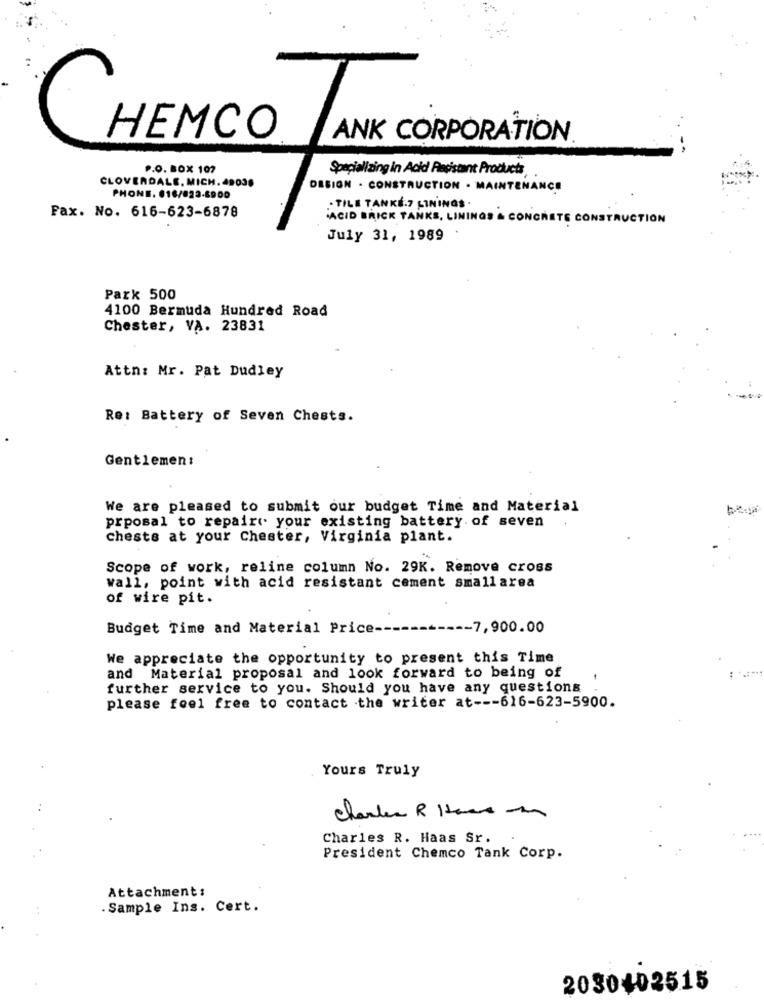
HEMCO
ANK CORPORATION
ANCORA
P.O. BOX 107
Specializing in Acid Resistant Products
CLOVERDALE, MICH. 49038
DESIGN . CONSTRUCTION . MAINTENANCE
PHONE. 616/823-8900
· TILE TANKE.7 LININGS .
Fax. No. 616-623-6878
ACID BRICK TANKS, LININGS & CONCRETE CONSTRUCTION
July 31, 1989
Park 500
4100 Bermuda Hundred Road
Chester, VA. 23831
Attn: Mr. Pat Dudley
Re: Battery of Seven Chests.
Gentlemen:
We are pleased to submit our budget Time and Material
prposal to repair your existing battery. of seven
chests at your Chester, Virginia plant.
Scope of work, reline column No. 29K. Remove cross
wall, point with acid resistant cement smallarea
of wire pit.
Budget Time and Material Price --
-- 7,900.00
We appreciate the opportunity to present this Time
and Material proposal and look forward to being of
further service to you. Should you have any questions
please feel free to contact the writer at --- 616-623-5900.
Yours Truly
charles R 1000 m
Charles R. Haas Sr.
President Chemco Tank Corp.
Attachment:
. Sample Ins. Cert.
2030402515